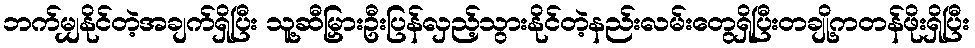
ဘက်မျှနိုင်တဲ့အချက်ရှိပြီး သူ့ဆီမြှားဦးပြန်လှည့်သွားနိုင်တဲ့နည်းလမ်းတွေရှိပြီးတချို့ကတန်ဖိုးရှိပြီး